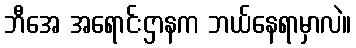
ဘီအေ အရောင်းဌာနက ဘယ်နေရာမှာလဲ။